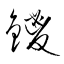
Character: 鑁